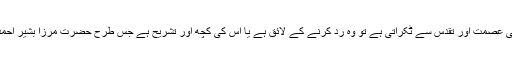
کوئی حدیث قرآن کریم یا آنحضرت صلی اللہ علیہ وسلم کی عصمت اور تقدّس سے ٹکراتی ہے تو وہ ردّ کرنے کے لائق ہے یا اس کی کچھ اَور تشریح ہے جس طرح حضرت مرزا بشیر احمد صاحبؓ نے کی یا حضرت خلیفۃ المسیح الثانیؓ نے کی۔